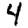
Digit: 4